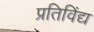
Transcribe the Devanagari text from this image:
प्रतिविंद्य